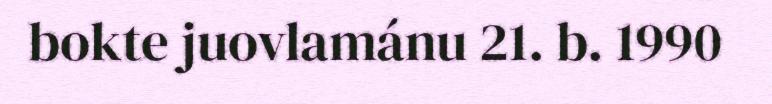
bokte juovlamánu 21. b. 1990